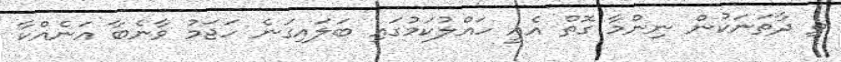
ތި ދާތަނަކުން ނިންމާ ގޮތް އެއީ ހައްލުކަމުގައި ބަލައިގަނެ ހަޖަމު ވާނެބާ އަނެއްކާ